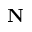
\mathbf { N }